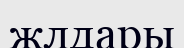
жлдары